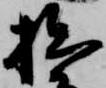
拙